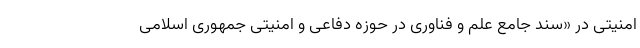
امنیتی در «سند جامع علم و فناوری در حوزه دفاعی و امنیتی جمهوری اسلامی